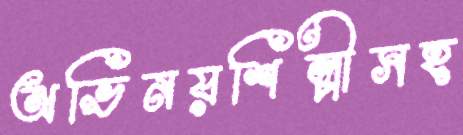
অভিনয়শিল্পীসহ